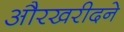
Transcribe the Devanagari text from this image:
औरखरीदने